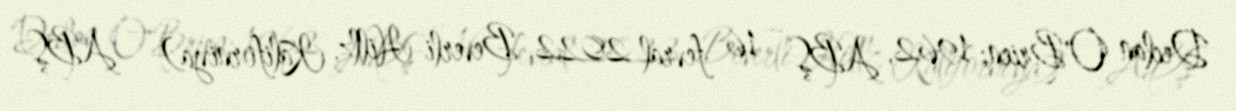
Declan O'Brien; 1962, ABŞ – 16 fevral 2022, Beverli-Hillz, Kaliforniya) — ABŞ